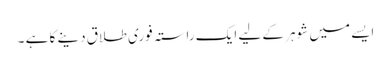
ایسے میں شوہر کے لیے ایک راستہ فوری طلاق دینے کا ہے ۔